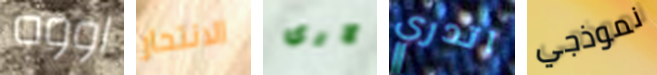
اووه الانتحار لارى اتدري نموذجي